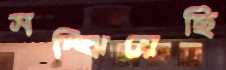
সম্‌ঝিয়েছি